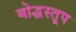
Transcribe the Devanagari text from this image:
बोद्धस्तूप